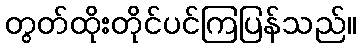
တွတ်ထိုးတိုင်ပင်ကြပြန်သည်။